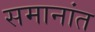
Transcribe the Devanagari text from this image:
समानांत